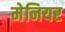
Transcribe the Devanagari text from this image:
मेनियर